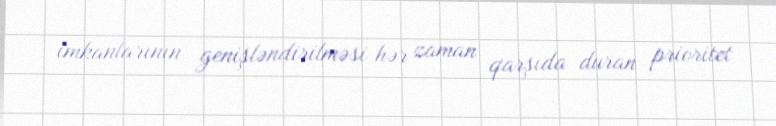
imkanlarının genişləndirilməsi hər zaman qarşıda duran prioritet